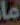
ما